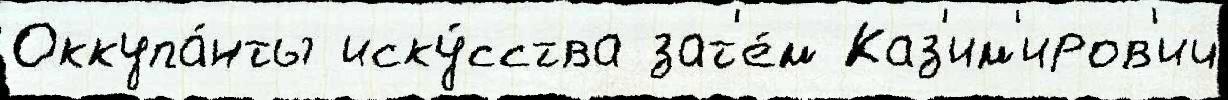
Оккупа́нты иску́сства зат'е́м Каз'им'иров'ич